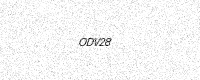
Text: ODV28